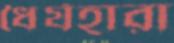
ধৈর্যহারা